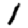
Digit: 1